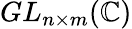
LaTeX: GL_{n\times m}(\mathbb{C})